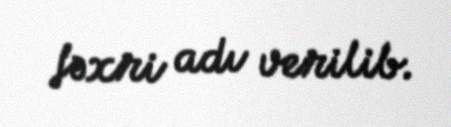
fəxri adı verilib.